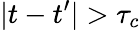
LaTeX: |t-t^{\prime}|>\tau_{c}